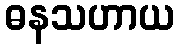
ဓနသဟာယ